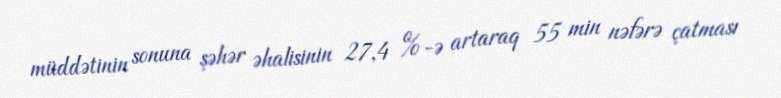
müddətinin sonuna şəhər əhalisinin 27,4 %-ə artaraq 55 min nəfərə çatması